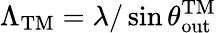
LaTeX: \Lambda_{\mathrm{TM}}=\lambda/\sin\theta_{\mathrm{out}}^{\mathrm{TM}}